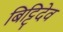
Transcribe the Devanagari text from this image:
बिट्टिदेव